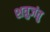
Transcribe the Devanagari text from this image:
शत्रुजंतु